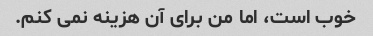
خوب است، اما من برای آن هزینه نمی کنم.